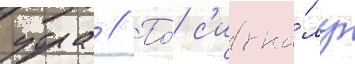
утра // По́ с'игна́лу